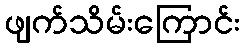
ဖျက်သိမ်းကြောင်း